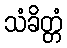
သံခိတ္တံ